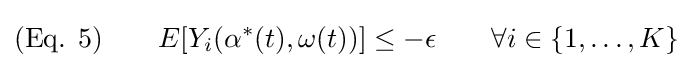
({\text{Eq. }}5)\qquad E[Y_{i}(\alpha ^{*}(t),\omega (t))]\leq -\epsilon \qquad \forall i\in \{1,\ldots ,K\}